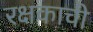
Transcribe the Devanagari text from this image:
रक्षकाची